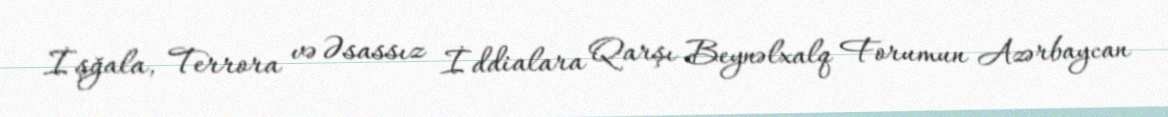
İşğala, Terrora və Əsassız İddialara Qarşı Beynəlxalq Forumun Azərbaycan